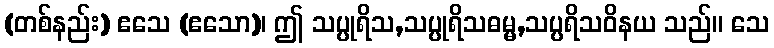
(တစ်နည်း) ဧသေ (ဧသော)၊ ဤ သပ္ပုရိသ,သပ္ပုရိသဓမ္မ,သပ္ပရိသဝိနယ သည်။ သေ